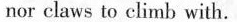
nor claws to climb with.